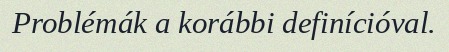
Problémák a korábbi definícióval.